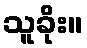
သူခိုး။